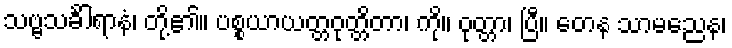
သဗ္ဗသင်္ခါရာနံ၊ တို့၏။ ပစ္စယာယတ္တဝုတ္တိတာ၊ ကို။ ဝုတ္တာ၊ ပြီ။ တေန သာမညေန၊